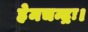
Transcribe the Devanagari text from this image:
हेमचन्द्रः।